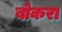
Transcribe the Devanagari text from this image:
बोकरा